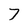
Character: 7